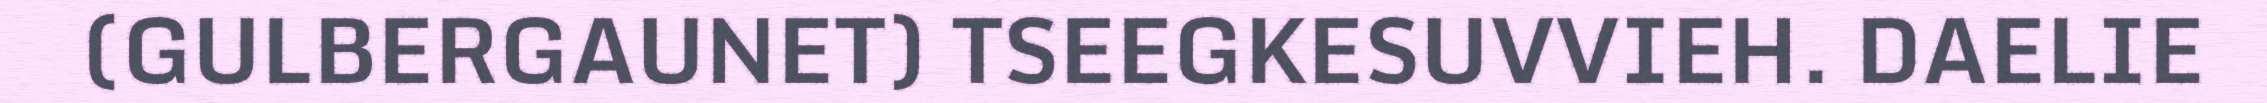
(GULBERGAUNET) TSEEGKESUVVIEH. DAELIE